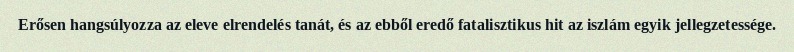
Erősen hangsúlyozza az eleve elrendelés tanát, és az ebből eredő fatalisztikus hit az iszlám egyik jellegzetessége.